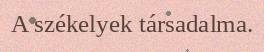
A székelyek társadalma.